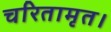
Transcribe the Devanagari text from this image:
चरितामृत।